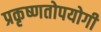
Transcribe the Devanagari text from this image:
प्रकृष्णतोपयोगी